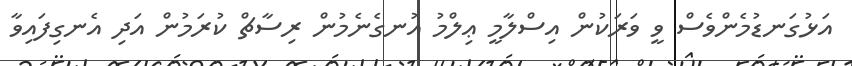
އަޅުގަނޑުމެންވެސް ވީ ވަރަކުން އިސްލާމީ ޢިލްމު އުނގެނެމުން ރިސާޗް ކުރަމުން އަދި އެނގިފައިވާ